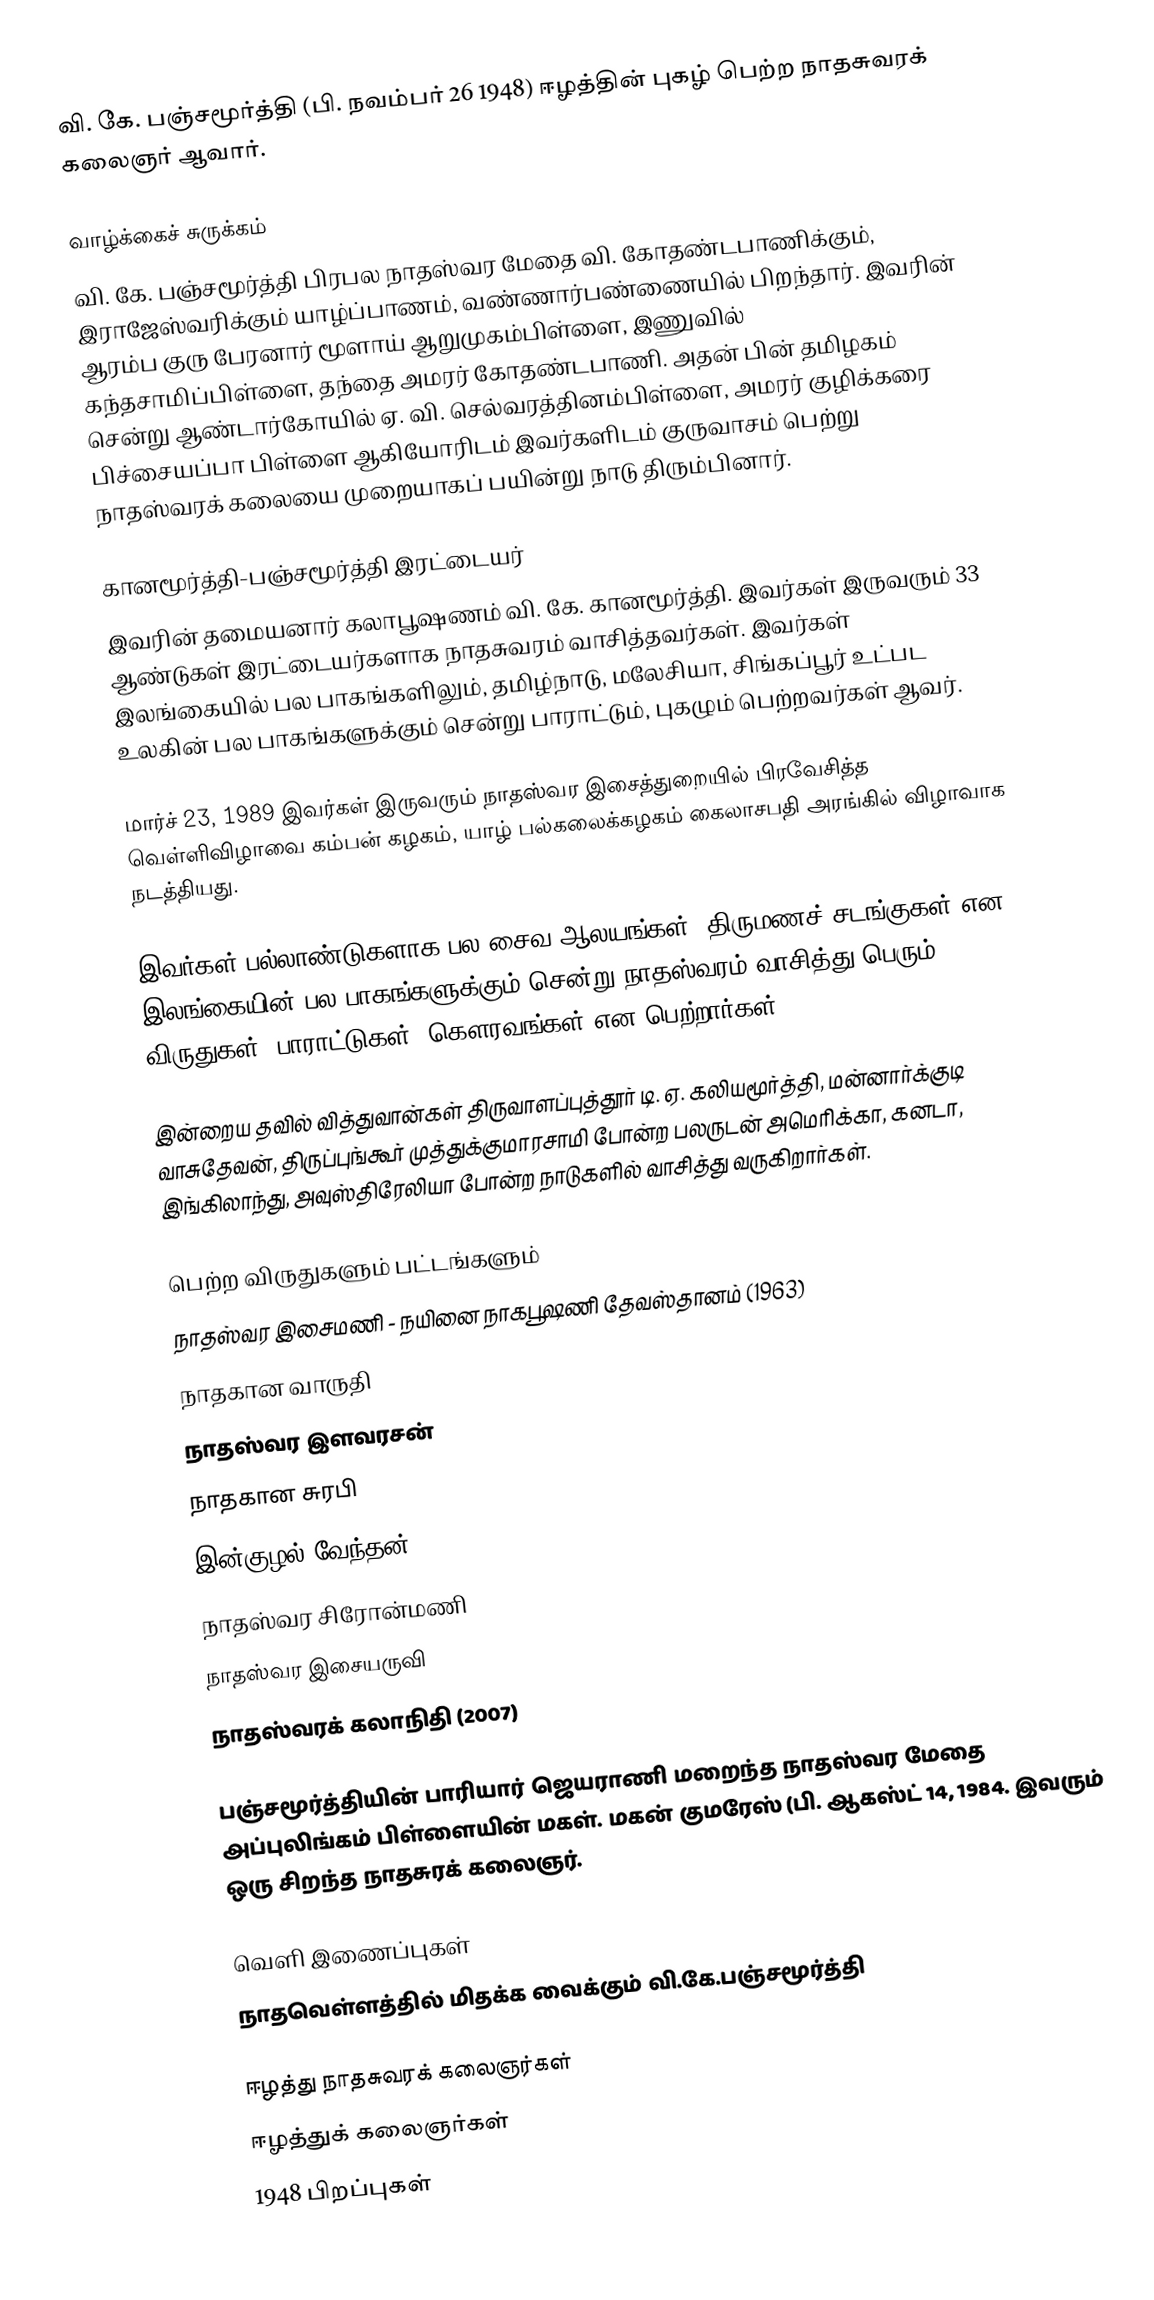
வி. கே. பஞ்சமூர்த்தி (பி. நவம்பர் 26 1948) ஈழத்தின் புகழ் பெற்ற நாதசுவரக் கலைஞர் ஆவார்.

வாழ்க்கைச் சுருக்கம்
வி. கே. பஞ்சமூர்த்தி பிரபல நாதஸ்வர மேதை வி. கோதண்டபாணிக்கும், இராஜேஸ்வரிக்கும் யாழ்ப்பாணம், வண்ணார்பண்ணையில் பிறந்தார். இவரின் ஆரம்ப குரு பேரனார் மூளாய் ஆறுமுகம்பிள்ளை, இணுவில் கந்தசாமிப்பிள்ளை, தந்தை அமரர் கோதண்டபாணி. அதன் பின் தமிழகம் சென்று ஆண்டார்கோயில் ஏ. வி. செல்வரத்தினம்பிள்ளை, அமரர் குழிக்கரை பிச்சையப்பா பிள்ளை ஆகியோரிடம் இவர்களிடம் குருவாசம் பெற்று நாதஸ்வரக் கலையை முறையாகப் பயின்று நாடு திரும்பினார்.

கானமூர்த்தி-பஞ்சமூர்த்தி இரட்டையர்
இவரின் தமையனார் கலாபூஷணம் வி. கே. கானமூர்த்தி. இவர்கள் இருவரும் 33 ஆண்டுகள் இரட்டையர்களாக நாதசுவரம் வாசித்தவர்கள். இவர்கள் இலங்கையில் பல பாகங்களிலும், தமிழ்நாடு, மலேசியா, சிங்கப்பூர் உட்பட உலகின் பல பாகங்களுக்கும் சென்று பாராட்டும், புகழும் பெற்றவர்கள் ஆவர்.

மார்ச் 23, 1989 இவர்கள் இருவரும் நாதஸ்வர இசைத்துறையில் பிரவேசித்த வெள்ளிவிழாவை கம்பன் கழகம், யாழ் பல்கலைக்கழகம் கைலாசபதி அரங்கில் விழாவாக நடத்தியது.

இவர்கள் பல்லாண்டுகளாக பல சைவ ஆலயங்கள், திருமணச் சடங்குகள் என இலங்கையின் பல பாகங்களுக்கும் சென்று நாதஸ்வரம் வாசித்து பெரும் விருதுகள், பாராட்டுகள், கௌரவங்கள் என பெற்றார்கள்.

இன்றைய தவில் வித்துவான்கள் திருவாளப்புத்தூர் டி. ஏ. கலியமூர்த்தி, மன்னார்க்குடி வாசுதேவன், திருப்புங்கூர் முத்துக்குமாரசாமி போன்ற பலருடன் அமெரிக்கா, கனடா, இங்கிலாந்து, அவுஸ்திரேலியா போன்ற நாடுகளில் வாசித்து வருகிறார்கள்.

பெற்ற விருதுகளும் பட்டங்களும்
 நாதஸ்வர இசைமணி - நயினை நாகபூஷணி தேவஸ்தானம் (1963)
 நாதகான வாருதி
 நாதஸ்வர இளவரசன்
 நாதகான சுரபி
 இன்குழல் வேந்தன்
 நாதஸ்வர சிரோன்மணி
 நாதஸ்வர இசையருவி
 நாதஸ்வரக் கலாநிதி (2007)

பஞ்சமூர்த்தியின் பாரியார் ஜெயராணி மறைந்த நாதஸ்வர மேதை அப்புலிங்கம் பிள்ளையின் மகள். மகன் குமரேஸ் (பி. ஆகஸ்ட் 14, 1984. இவரும் ஒரு சிறந்த நாதசுரக் கலைஞர்.

வெளி இணைப்புகள்
 நாதவெள்ளத்தில் மிதக்க வைக்கும் வி.கே.பஞ்சமூர்த்தி

ஈழத்து நாதசுவரக் கலைஞர்கள்
ஈழத்துக் கலைஞர்கள்
1948 பிறப்புகள்